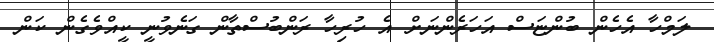
ލަމްހާ އެހެން ބުންޏަސް އަހަރެންނަށް އެ ހުރިހާ ރަންބުސްތާން ގަނެވުނީ ކީއްވެގެން ކަން